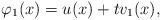
LaTeX: \begin{align*}\varphi_1(x)=u(x)+tv_1 (x), \end{align*}